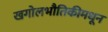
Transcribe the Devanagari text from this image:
खगोलभौतिकीमधून